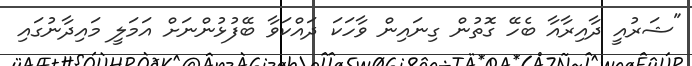
"ޝަރުއީ ދާއިރާއާ ބެހޭ ގޮތުން ގިނައިން ވާހަކަ ދައްކަވާ ބޭފުޅުންނަށް އަމަލީ މައިދާނުގައި